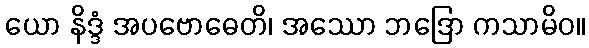
ယော နိဒ္ဒံ အပဗောဓေတိ၊ အဿော ဘဒြော ကသာမိဝ။